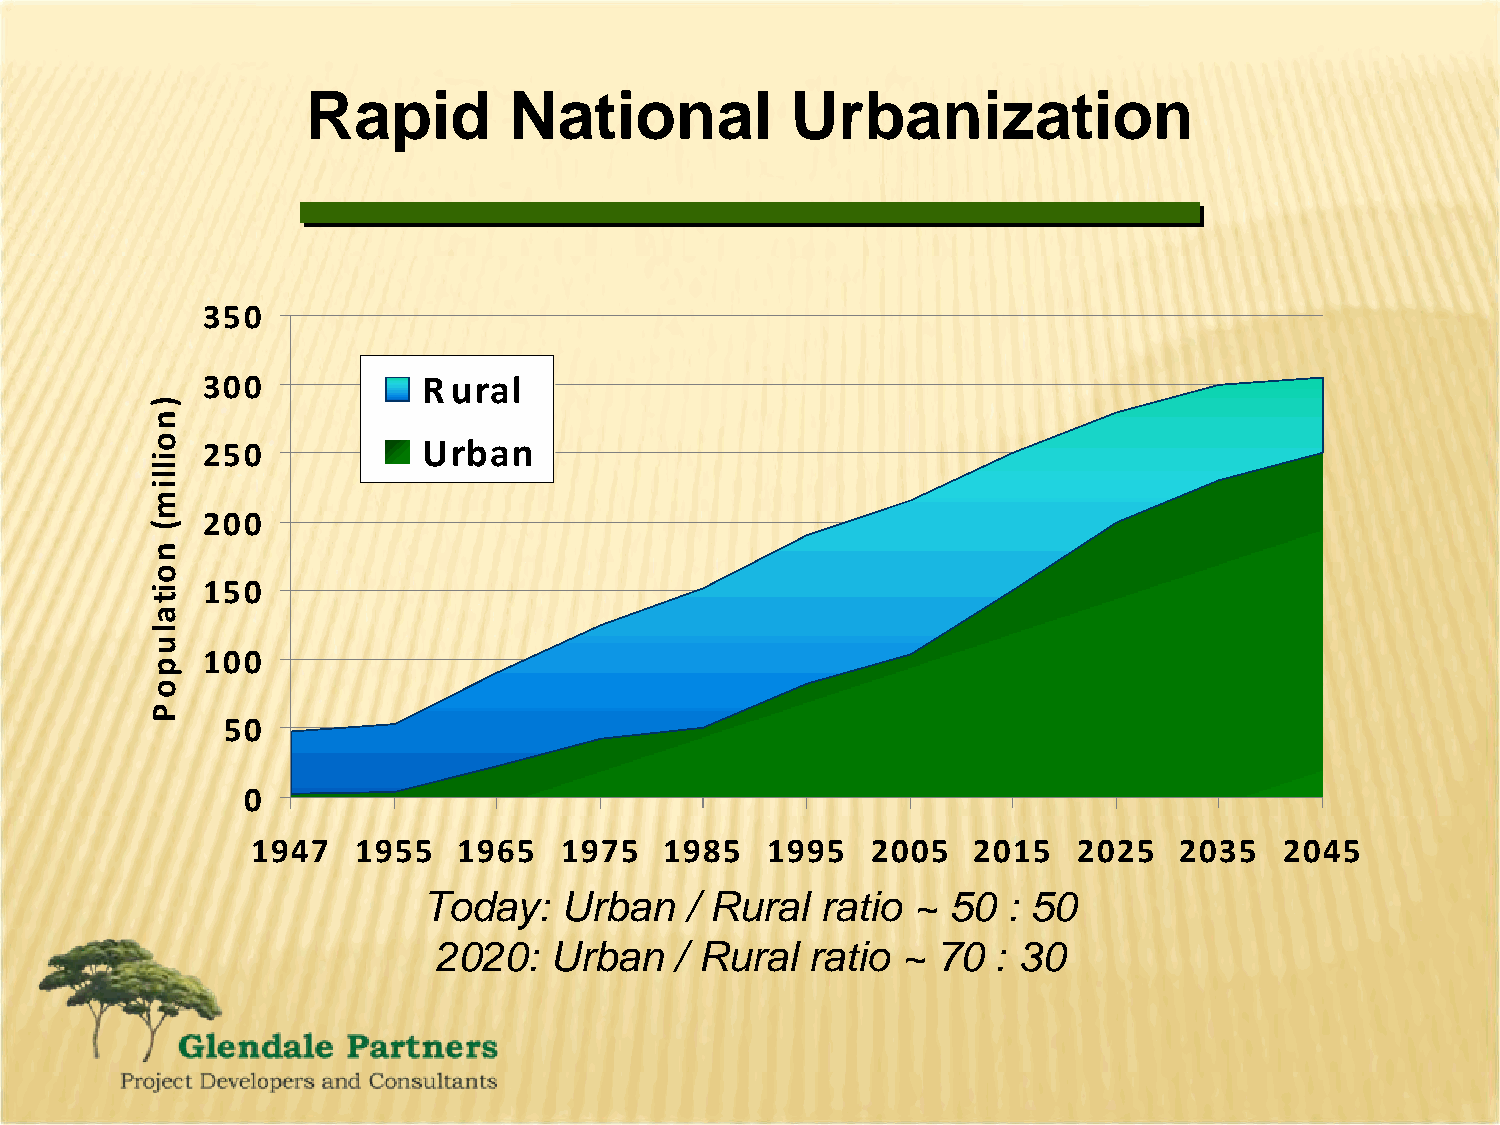
Rapid         National          Urbanization
 350
 300            R ural
 250            Urban
 200
 150
 100
 50
 0
 1947  1955   1965   1975   1985   1995   2005  2015   2025   2035   2045
 Today:   Urban   / Rural  ratio ~  50  : 50
 2020:  Urban    / Rural  ratio ~ 70  : 30
 )noillim(
 noitalupoP